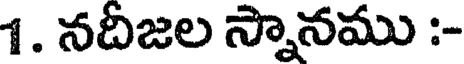
1. నదిజల స్నానము :-